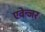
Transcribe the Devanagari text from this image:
एवेन्जर